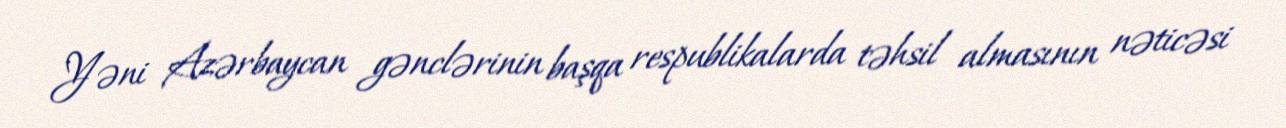
Yəni Azərbaycan gənclərinin başqa respublikalarda təhsil almasının nəticəsi